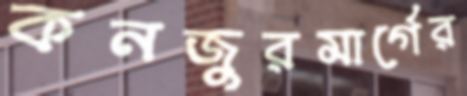
কনজুরমার্গের